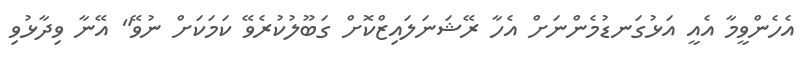
އެހެންވީމާ އެއީ އަޅުގަނޑުމެންނަށް އެހާ ރޭޝަނަލައިޒްކޮށް ގަބޫލުކުރެވޭ ކަމަކަށް ނުވޭ" އޭނާ ވިދާޅުވި